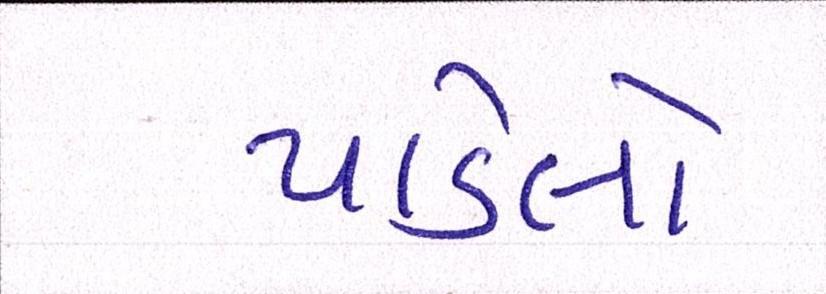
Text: પાડેલો